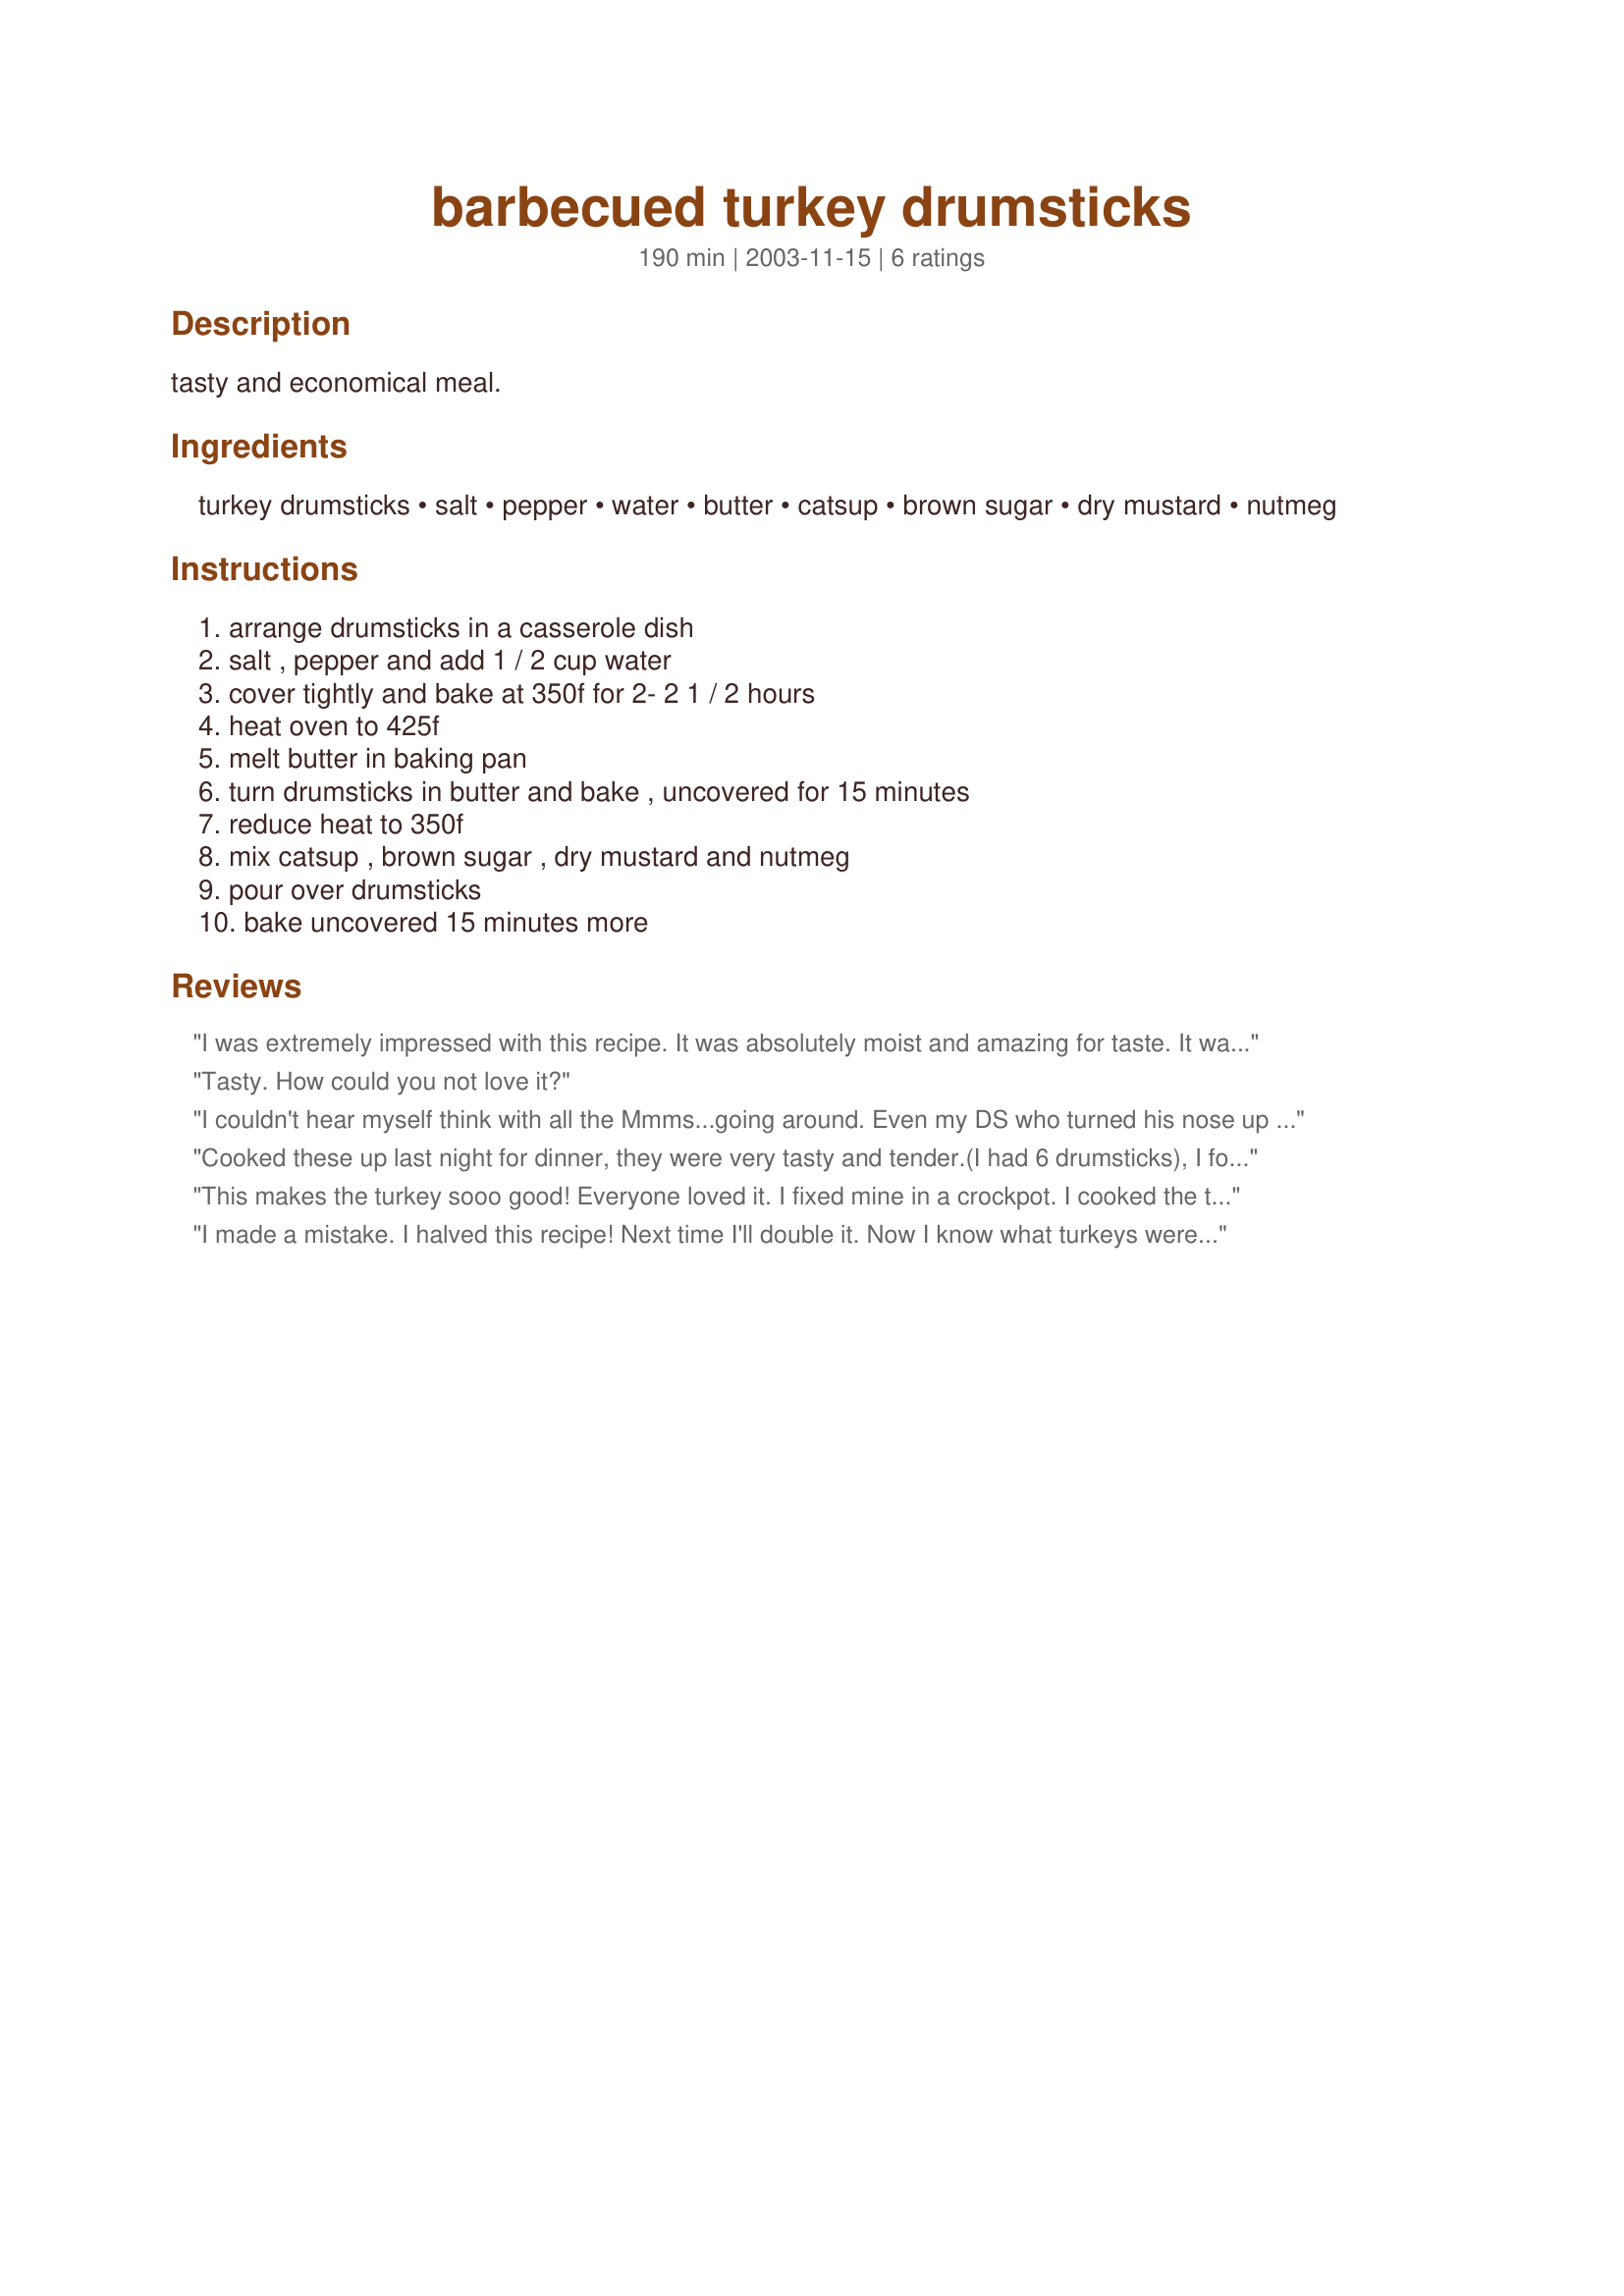
barbecued turkey drumsticks
Preparation time: 190 minutes

tasty and economical meal.

Ingredients:
turkey drumsticks, salt, pepper, water, butter, catsup, brown sugar, dry mustard, nutmeg

Steps:
arrange drumsticks in a casserole dish, salt , pepper and add 1 / 2 cup water, cover tightly and bake at 350f for 2- 2 1 / 2 hours, heat oven to 425f, melt butter in baking pan, turn drumsticks in butter and bake , uncovered for 15 minutes, reduce heat to 350f, mix catsup , brown sugar , dry mustard and nutmeg, pour over drumsticks, bake uncovered 15 minutes more

Reviews:
I was extremely impressed with this recipe. It was absolutely moist and amazing for taste. It was soo much better then trying to make a soup out of the legs. I am definetely going to keep this and buy more legs. Thanks for sharing
Tasty. How could you not love it?
I couldn't hear myself think with all the Mmms...going around. Even my DS who turned his nose up at this had to agree that it was good, tough thing for him to admit!
Thanks papergoddess!
Cooked these up last night for dinner, they were very tasty and tender.(I had 6 drumsticks), I followed the exact cooking times and method except I used bbq sauce instead of the mixture. We had cole slaw and cornbread to round off the meal. Can't wait to make this again, the family loved it!!
Thanks papergoddess
This makes the turkey sooo good! Everyone loved it. I fixed mine in a crockpot. I cooked the turkey in the butter for 2 1/2 hours then I put on the sauce for another 3 hours.
I made a mistake. I halved this recipe! Next time I'll double it. Now I know what turkeys were invented for.
Diet-wise (as always) I didn't use the butter, but I can imagine it would only add more flavour. Delicious!
Thanks.
